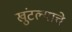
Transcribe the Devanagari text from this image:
खुंटल्याचे